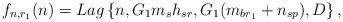
LaTeX: \begin{align*}f_{n,r_1}(n) = Lag\left\{ n, G_1 m_s h_{sr}, G_1 (m_{br_1} + n_{sp}) , D \right\},\end{align*}